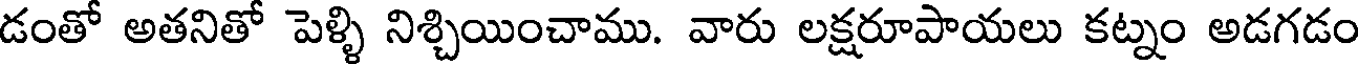
డంతో అతనితో పెళ్ళి నిశ్చియించాము. వారు లక్షరూపాయలు కట్నం అడగడం